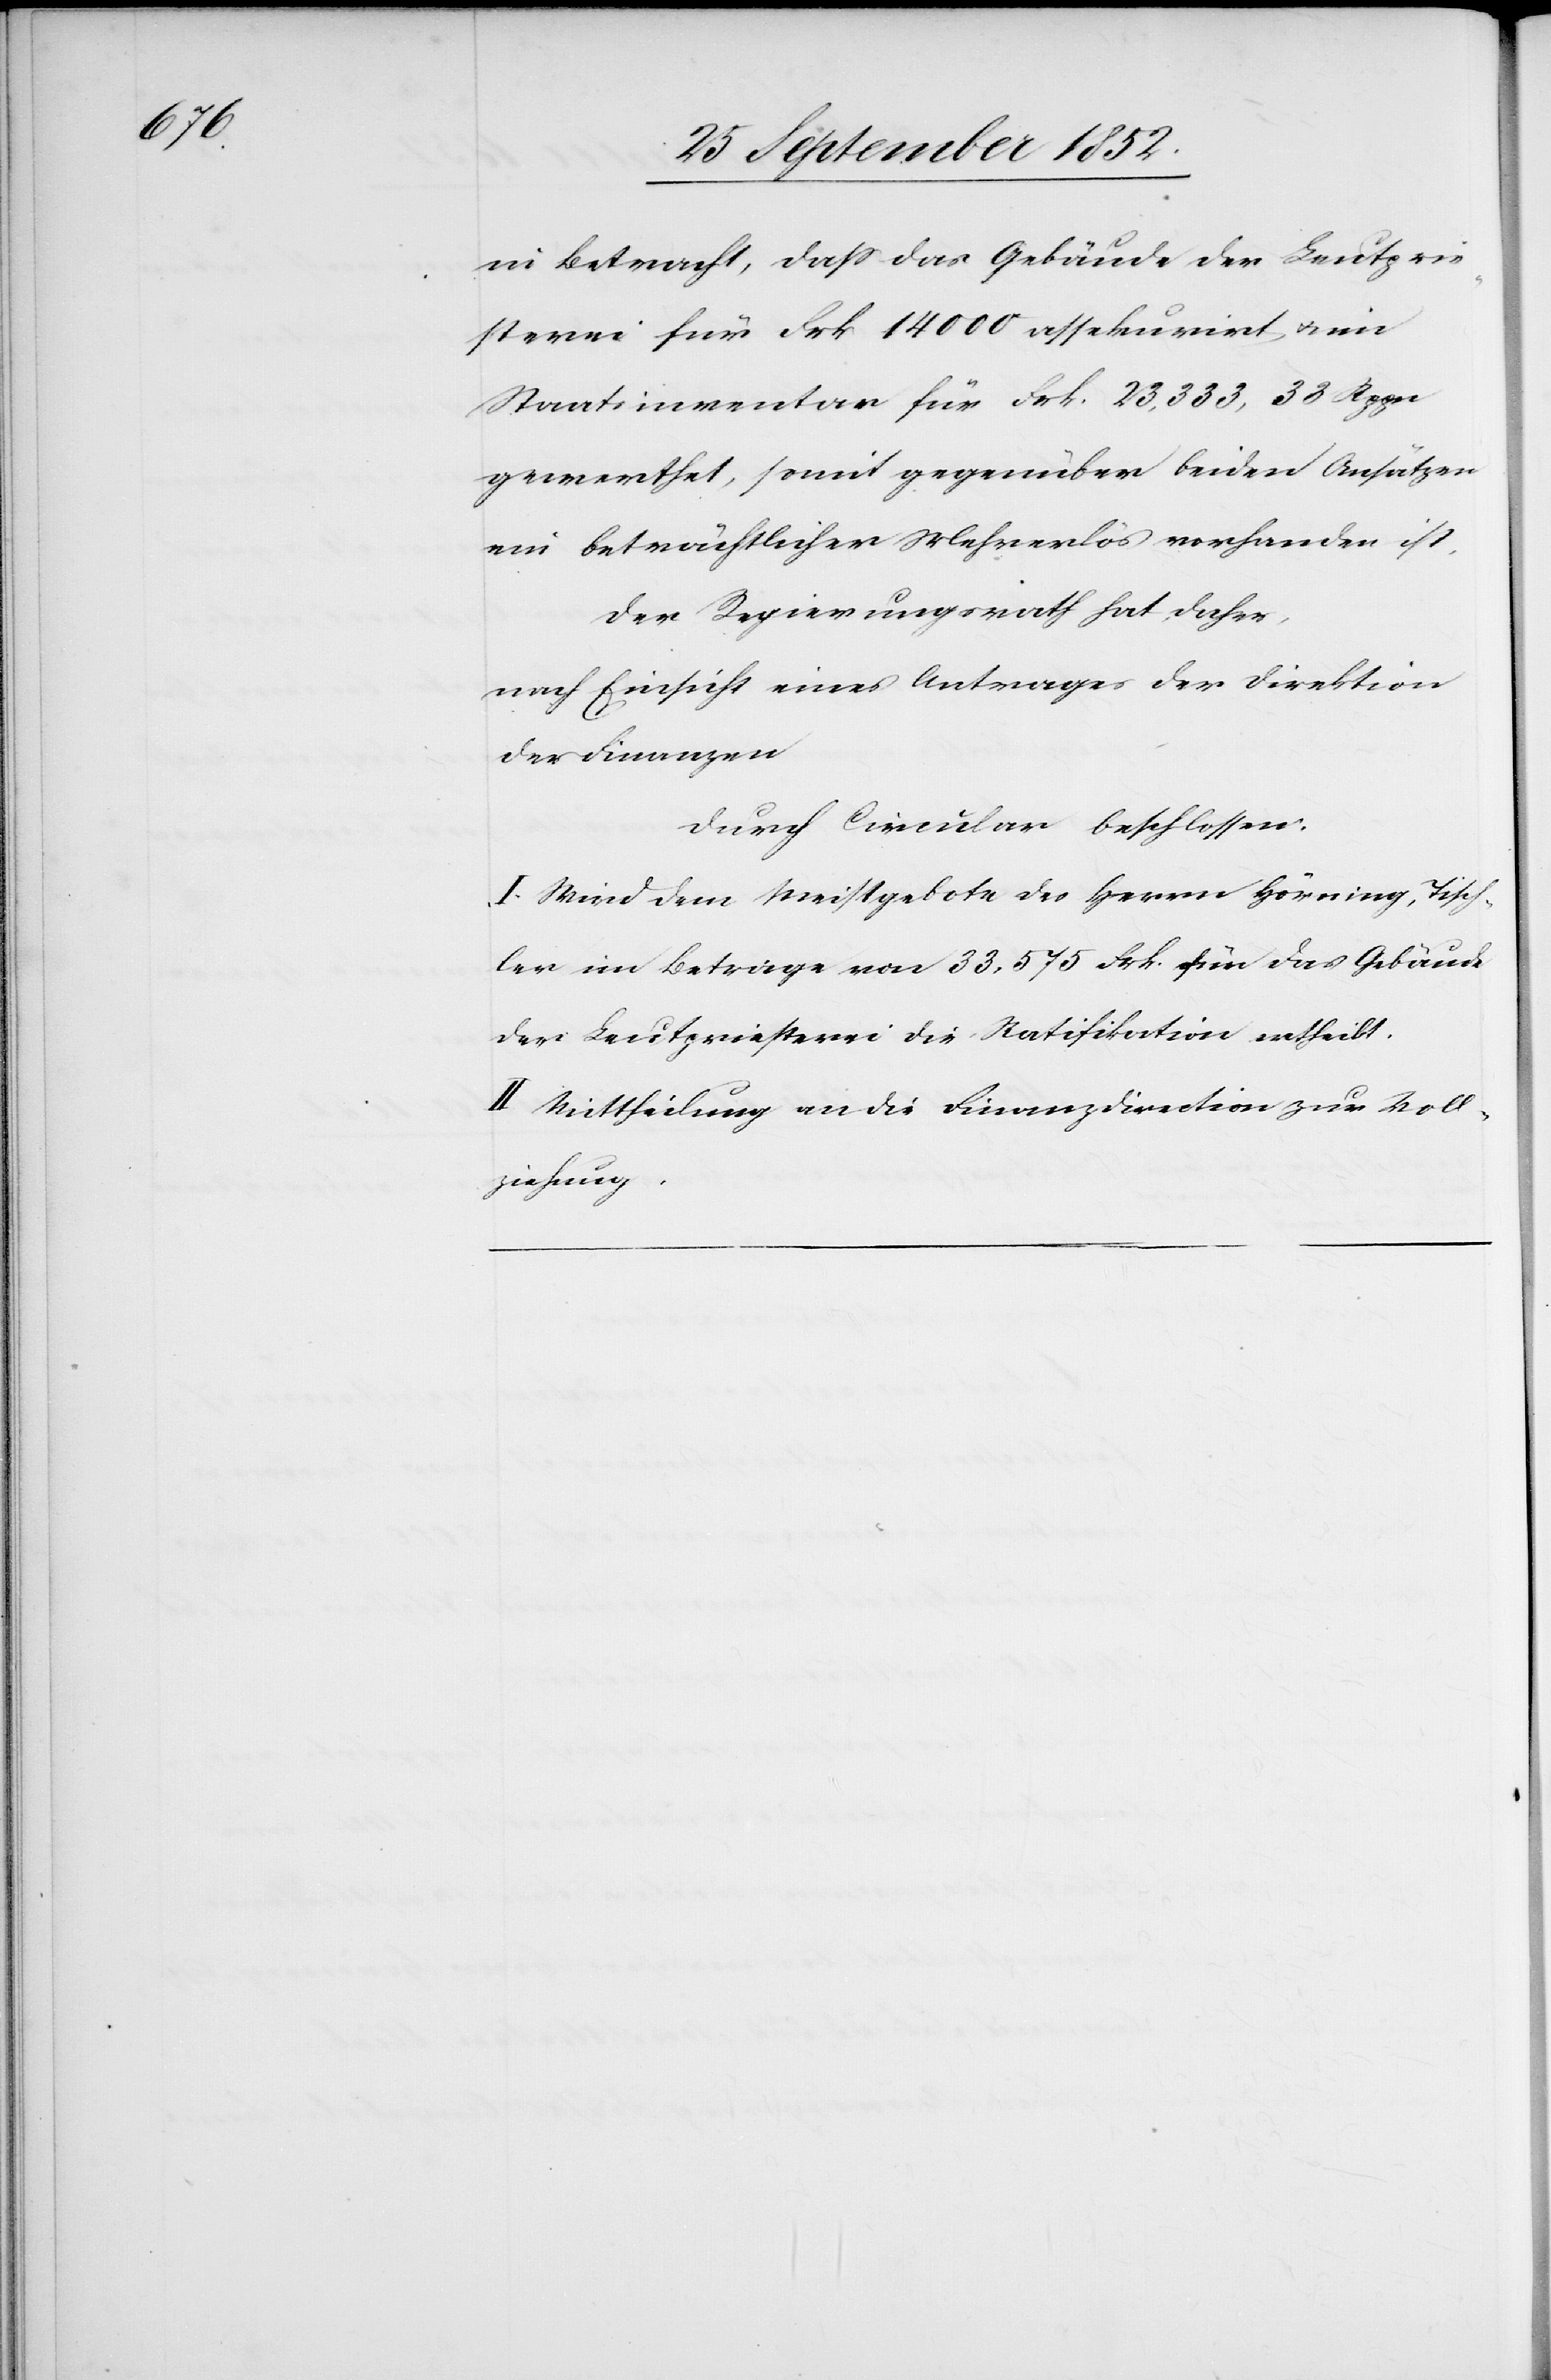
in Betracht, dass das Gebäude der Leutprie¬
sterei für Frk 14 000 assekurirt & im
Staatsinventar für Frk. 23,333, 33 Rppn
gewerthet, somit gegenüber beiden Ansätzen
ein beträchtlicher Mehrerlös vorhanden ist,
Der Regierungsrath hat daher,
nach Einsicht eines Antrages der Direktion
der Finanzen
durch Circular beschlossen:
I. Wird dem Meistgebote des Herrn Hörning, Tisch¬
ler im Betrage von 33,575 Frk. für das Gebäude
der Leutpriesterei die Ratifikation ertheilt.
II. Mittheilung an die Finanzdirection zur Voll¬
ziehung.